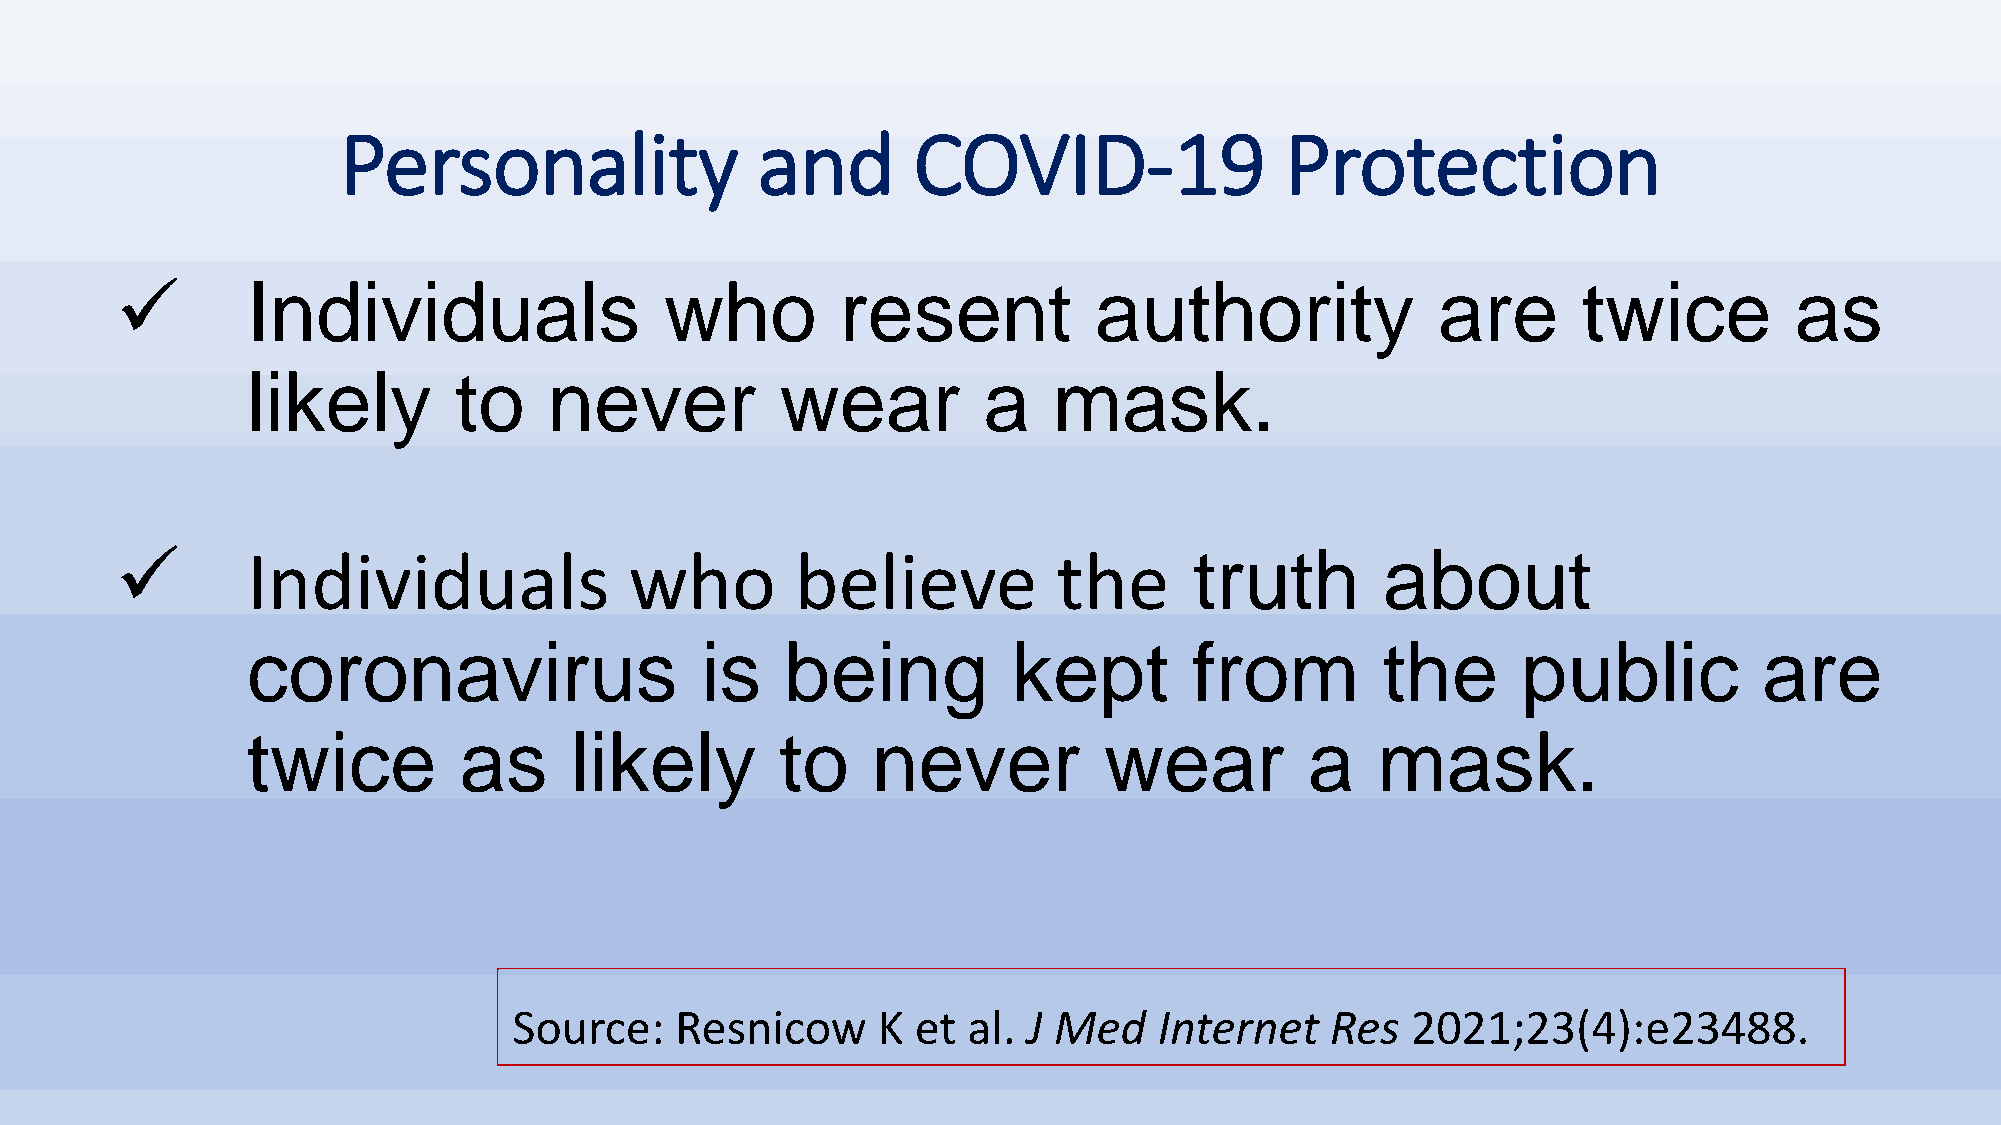
Personality                and       COVID-19                 Protection
 ✓       Individuals                 who         resent          authority              are       twice         as
 likely        to    never           wear         a    mask.
 ✓       Individuals               who        believe          the      truth        about
 coronavirus                   is    being          kept        from        the       public          are
 twice         as      likely        to    never          wear          a   mask.
 Source:    Resnicow     K  et al. J Med    Internet   Res  2021;23(4):e23488.